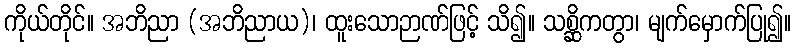
ကိုယ်တိုင်။ အဘိညာ (အဘိညာယ)၊ ထူးသောဉာဏ်ဖြင့် သိ၍။ သစ္ဆိကတွာ၊ မျက်မှောက်ပြု၍။